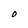
Character: O